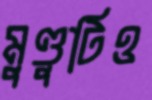
মুণ্ডুটিও